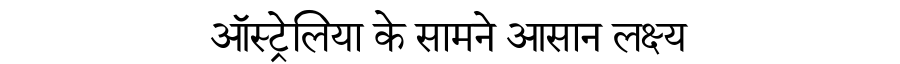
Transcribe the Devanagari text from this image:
ऑस्ट्रेलिया के सामने आसान लक्ष्य